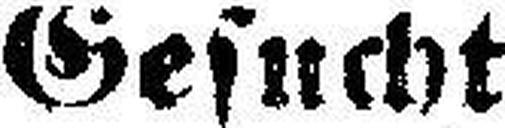
Gesucht